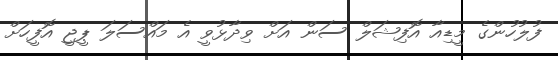
ފުލުހުންގެ މީޑިއާ އޮފިޝަލް ސަން އަށް ވިދާޅުވީ އެ މައްސަލަ ޕީޖީ އޮފީހަށް